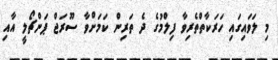
މި ލަވައިގައި ހަރަކާތްތެރިވާ ފިލްމުގެ ދެ ތަރިން ކަމަށްވާ ސޫރަޖް ޕަންޗޯލީ އާއި